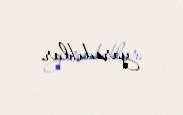
yaradıblar.